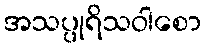
အသပ္ပုရိသဝါစော